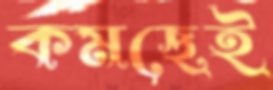
কমছেই